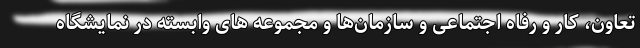
تعاون، کار و رفاه اجتماعی و سازمان‌ها و مجموعه های وابسته در نمایشگاه